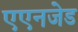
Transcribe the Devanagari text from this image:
एएनजेड